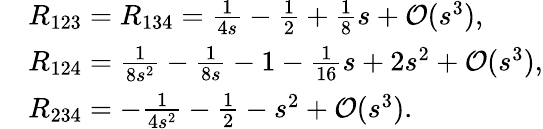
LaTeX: \begin{array}{rl}&{R_{123}=R_{134}=\frac{1}{4s}-\frac{1}{2}+\frac{1}{8}s+\mathcal{O}(s^{3}),}\\ &{R_{124}=\frac{1}{8s^{2}}-\frac{1}{8s}-1-\frac{1}{16}s+2s^{2}+\mathcal{O}(s^{3}),}\\ &{R_{234}=-\frac{1}{4s^{2}}-\frac{1}{2}-s^{2}+\mathcal{O}(s^{3}).}\end{array}